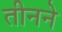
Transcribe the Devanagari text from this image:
तीनने